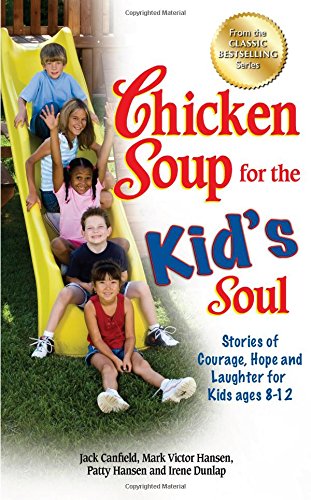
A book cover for Chicken Soup for the Kid's Soul: Stories of Courage, Hope and Laughter for Kids ages 8-12 (Chicken Soup for the Soul); Jack Canfield; Politics & Social Sciences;